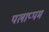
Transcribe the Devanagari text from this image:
पलाप्पम